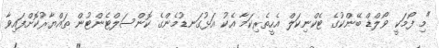
"މި ފޯމަކީ ވޯލްޑް ބޭންކުގެ ޓެކްނިކަލް އެހީތެރިކަމާ އެކު އަޅުގަނޑުމެންގެ ކޮންސަލްޓެންޓުން ތައްޔާރުކޮށްފައިވާ